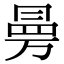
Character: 㬅